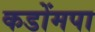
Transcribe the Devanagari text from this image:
कडोंमपा